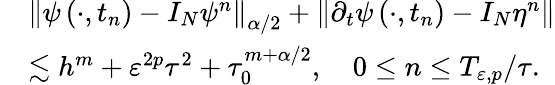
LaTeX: \begin{array}{rl}&{\left\| \psi\left(\cdot,t_{n}\right)-I_{N}\psi^{n}\right\| _{\alpha/2}+\left\| \partial_{t}\psi\left(\cdot,t_{n}\right)-I_{N}\eta^{n}\right\| }\\ &{\lesssim h^{m}+\varepsilon^{2p}\tau^{2}+\tau_{0}^{m+\alpha/2},\quad 0\leq n\leq T_{\varepsilon,p}/{\tau}.}\end{array}